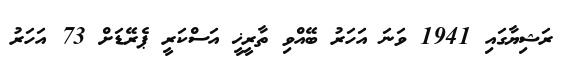
ރަޝިޔާގައި 1941 ވަނަ އަހަރު ބޭއްވި ތާރީޚީ އަސްކަރީ ޕެރޭޑަށް 73 އަހަރު